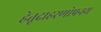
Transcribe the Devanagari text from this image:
हेतूदाहरणोपनय